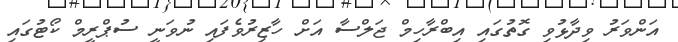
އަންވަރު ވިދާޅުވި ގޮތުގައި އިބްރާހިމް ޖަލްސާ އަށް ހާޒިރުވެފައި ނުވަނީ ސުޕްރީމް ކޯޓުގައި